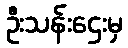
ဦးသန်းဌေးမှ